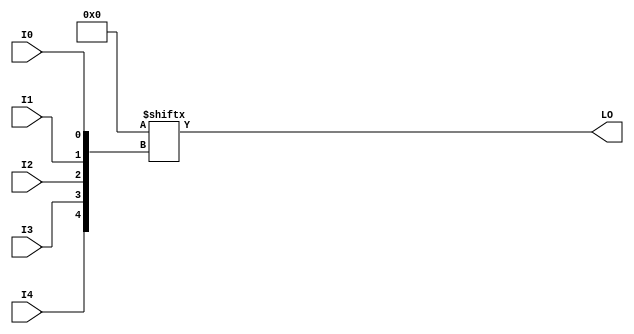
// This program was cloned from: https://github.com/fredrequin/verilator_xilinx
// License: BSD 2-Clause "Simplified" License

`ifdef verilator3
`else
`timescale 1 ps / 1 ps
`endif
//
// LUT5_L primitive for Xilinx FPGAs
// Compatible with Verilator tool (www.veripool.org)
// Copyright (c) 2019-2022 Frdric REQUIN
// License : BSD
//

/* verilator coverage_off */
module LUT5_L
#(
    parameter [31:0] INIT = 32'h00000000
)
(
    input  wire I0, I1, I2, I3, I4,
    output wire LO
);
    wire [4:0] _w_idx = { I4, I3, I2, I1, I0 };
    
    assign LO = INIT[_w_idx];

endmodule
/* verilator coverage_on */